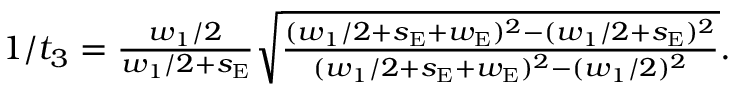
\begin{array} { r } { 1 / t _ { 3 } = \frac { w _ { 1 } / 2 } { w _ { 1 } / 2 + s _ { \mathrm { E } } } \sqrt { \frac { ( w _ { 1 } / 2 + s _ { \mathrm { E } } + w _ { \mathrm { E } } ) ^ { 2 } - ( w _ { 1 } / 2 + s _ { \mathrm { E } } ) ^ { 2 } } { ( w _ { 1 } / 2 + s _ { \mathrm { E } } + w _ { \mathrm { E } } ) ^ { 2 } - ( w _ { 1 } / 2 ) ^ { 2 } } } . } \end{array}